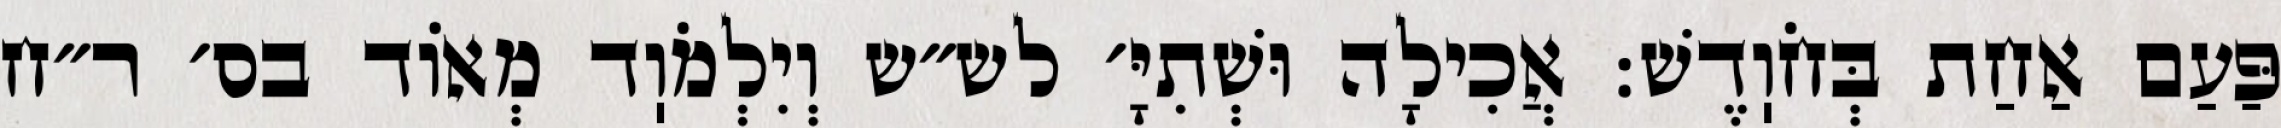
פַּעַם אַחַת בְּחֹוֽדֶשׁ: אֲכִילָה וּשְׁתִיָּ׳ לש״ש וְיִלְמֹוֽד מְאוֹד בס׳ ר״ח